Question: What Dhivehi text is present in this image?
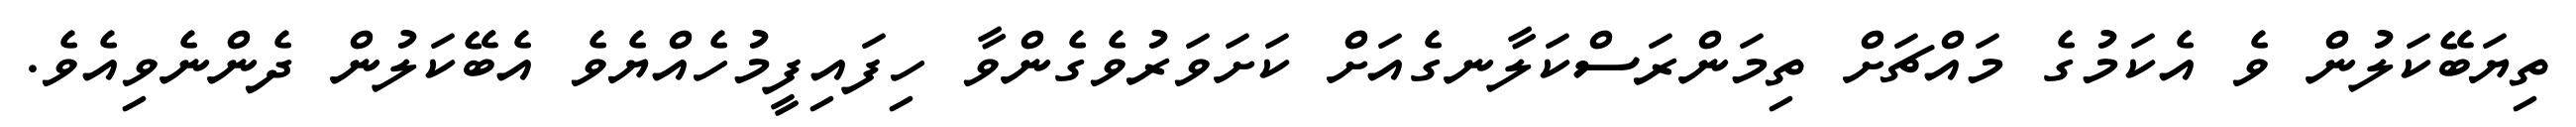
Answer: ތިޔަބޭކަލުން ވެ އެކަމުގެ މައްޗަށް ތިމަންރަސްކަލާނގެއަށް ކަށަވަރުވެގެންވާ ހިފައިފީމުހެއްޔެވެ އެބޭކަލުން ދެންނެވިއެވެ.